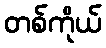
တစ်ကိုယ်